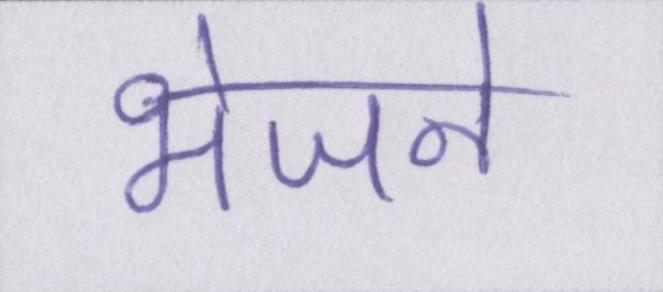
भेजने